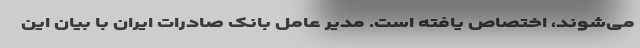
می‌شوند، اختصاص یافته است. مدیر عامل بانک صادرات ایران با بیان این